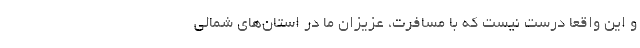
و این واقعاً درست نیست که با مسافرت، عزیزان ما در استان‌های شمالی